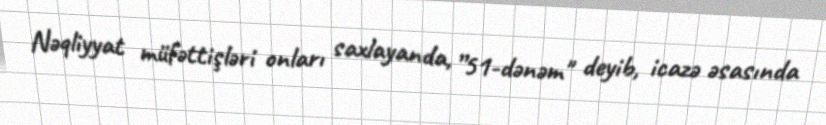
Nəqliyyat müfəttişləri onları saxlayanda, ”51-dənəm" deyib, icazə əsasında